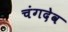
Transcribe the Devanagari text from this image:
चंगदेव